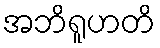
အဘိရူဟတိ